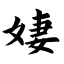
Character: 婕